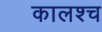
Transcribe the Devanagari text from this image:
कालश्च